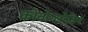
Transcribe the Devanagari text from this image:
कोबोग्लोबिन